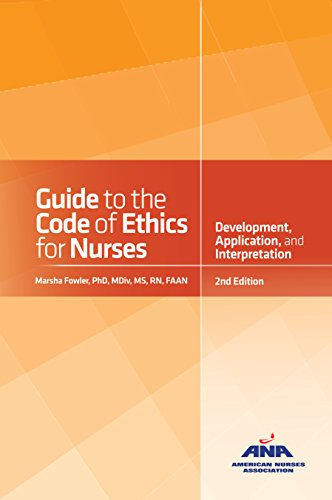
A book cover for Guide to the Code of Ethics for Nurses: With Interpretive Statements: Development, Interpretation, and Application; Medical Books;